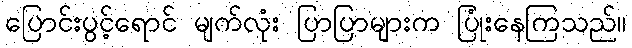
ပြောင်းပွင့်ရောင် မျက်လုံး ပြာပြာများက ပြုံးနေကြသည်။